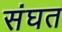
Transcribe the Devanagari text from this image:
संघत